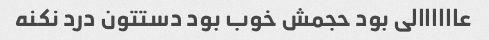
عاااااالی بود حجمش خوب بود دستتون درد نکنه